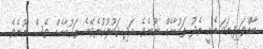
ބާއްވައިފިނަމަ އެއީ ތެދު ތައުބާއެއް ނޫނެވެ. އަދި ޤަބޫލުކުރެވޭނެ ތައުބާއެއް ވެސް ނޫނެވެ.